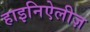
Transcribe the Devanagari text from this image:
हाइनिऐलीज़